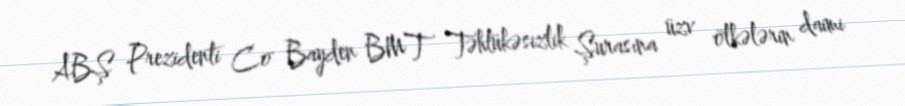
ABŞ Prezidenti Co Bayden BMT Təhlükəsizlik Şurasına üzv ölkələrin daimi